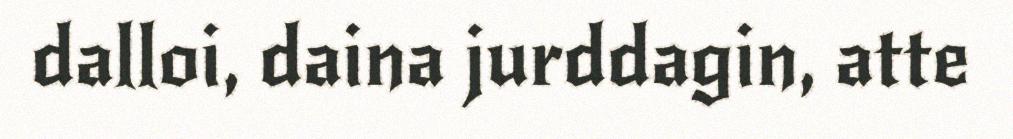
dalloi, daina jurddagin, atte